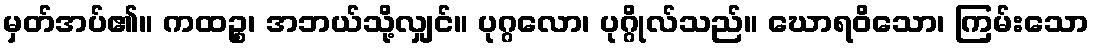
မှတ်အပ်၏။ ကထဉ္စ၊ အဘယ်သို့လျှင်။ ပုဂ္ဂလော၊ ပုဂ္ဂိုလ်သည်။ ဃောရဝိသော၊ ကြမ်းသော